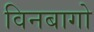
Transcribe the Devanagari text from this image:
विनबागो